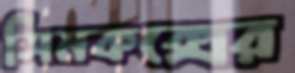
সিমকক্সের